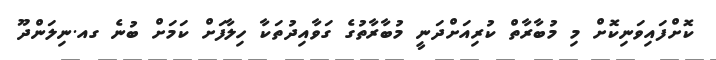
ކޮށްފައިވަނިކޮށް މި މުބާރާތް ކުރިއަށްދަނީ މުބާރާތުގެ ގަވާއިދުތަކާ ހިލާފަށް ކަމަށް ބުނެ ގއ.ނިލަންދޫ